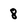
Character: 8